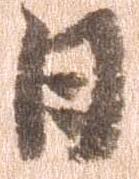
日